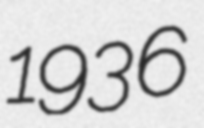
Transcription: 1936